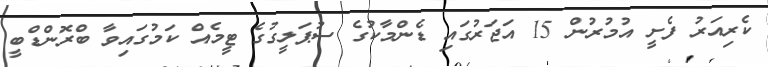
ކެރިއަރު ފެށީ އުމުރުން 15 އަޖަރުގައި ޑެންމާކުގެ ސުޕަލީގުގެ ޓީމެއް ކަމުގައިވާ ބްރޮންޑްބީ